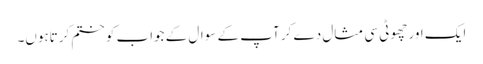
ایک اور چھوٹی سی مثال دے کر آپ کے سوال کے جواب کو ختم کرتاہوں۔